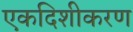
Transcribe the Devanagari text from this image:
एकदिशीकरण